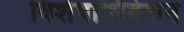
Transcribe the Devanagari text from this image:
विशेषाधिवेशन